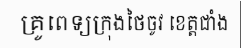
គ្រូពេទ្យក្រុងថៃចូវ ខេត្តជាំង